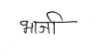
मजकूर: भाजी